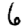
Digit: 6